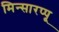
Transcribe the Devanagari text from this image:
मिन्सारप्पू